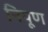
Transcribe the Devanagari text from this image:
निपूण